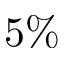
5 \%